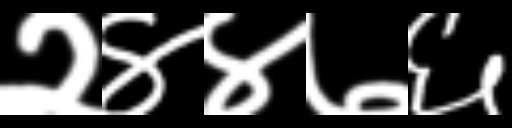
Text: २४४७६